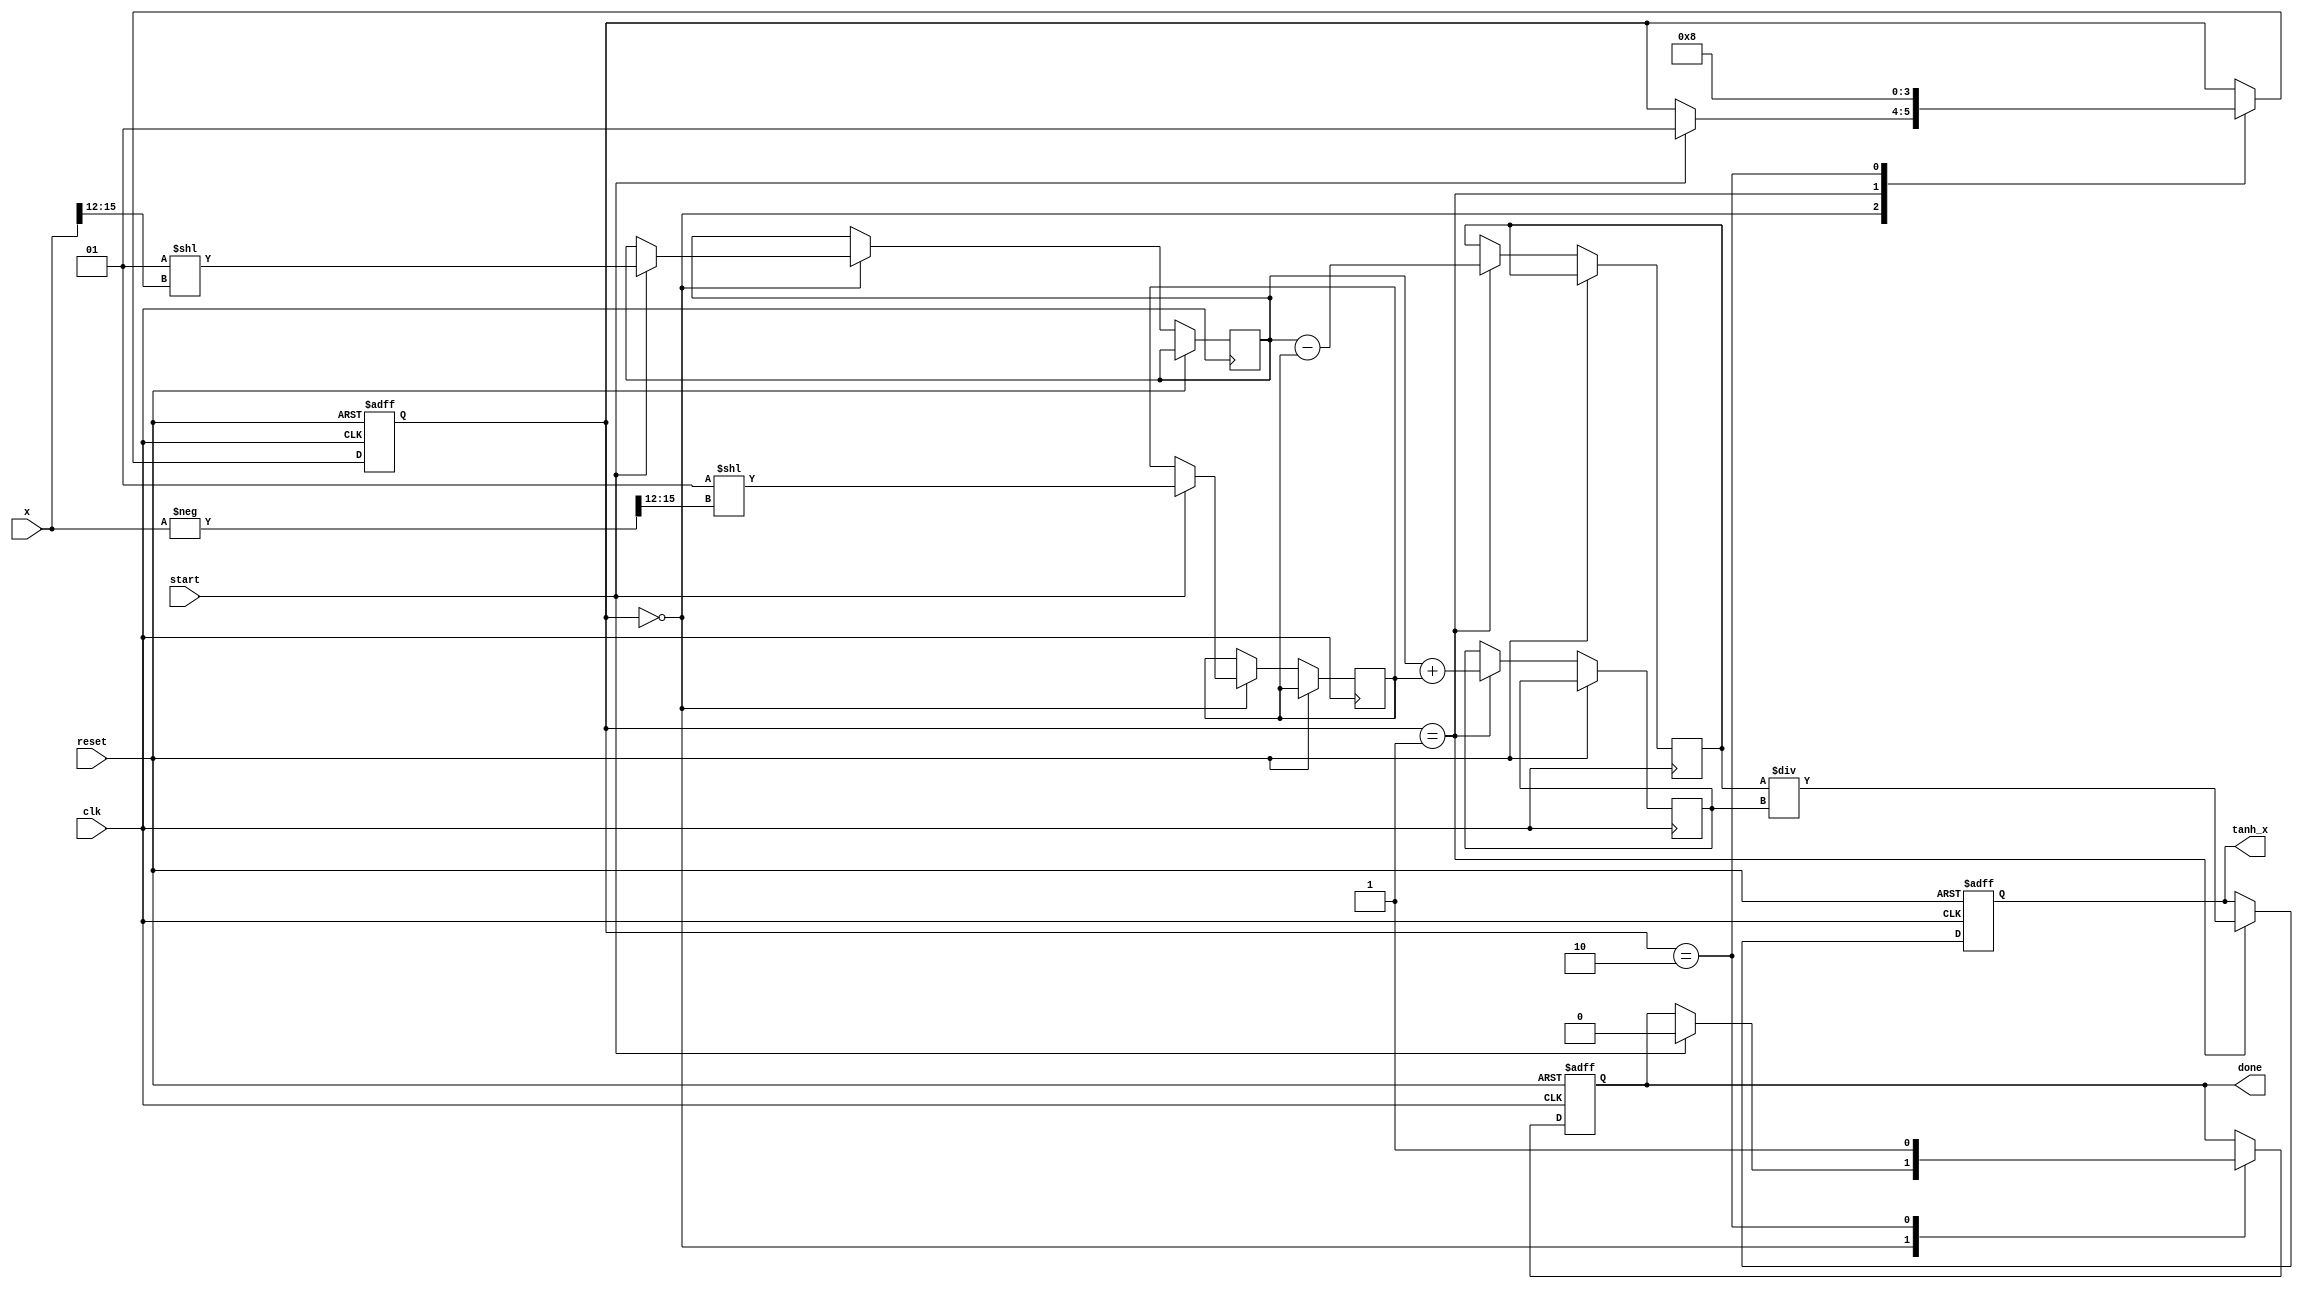
module tanh_block (
    input wire signed [15:0] x,        // Input data (16 bits signed fixed-point)
    input wire clk,                     // Clock signal
    input wire reset,                   // Reset signal
    input wire start,                   // Start signal
    output reg signed [15:0] tanh_x,    // Output data (16 bits signed fixed-point)
    output reg done                     // Operation completion flag
);

    // Internal variables
    reg signed [15:0] exp_x;           // e^x
    reg signed [15:0] exp_neg_x;       // e^-x
    reg signed [15:0] numerator;        // e^x - e^-x
    reg signed [15:0] denominator;      // e^x + e^-x
    reg [1:0] state;                   // State variable for FSM

    // State encoding
    parameter IDLE       = 2'b00,
              COMPUTE    = 2'b01,
              DONE       = 2'b10;

    // Simplified exponential function (for demonstration purposes)
    function signed [15:0] exp_func;
        input signed [15:0] in;
        begin
            // Approximate e^x using a simple Taylor series or a LUT
            // This is a placeholder for a more precise exponential calculation
            exp_func = $signed(1 << $signed(in[15:12])); // Placeholder
        end
    endfunction

    // State update
    always @(posedge clk or posedge reset) begin
        if (reset) begin
            state <= IDLE;
            tanh_x <= 0;
            done <= 0;
        end else begin
            case (state)
                IDLE: begin
                    if (start) begin
                        exp_x <= exp_func(x);         // Calculate e^x
                        exp_neg_x <= exp_func(-x);    // Calculate e^-x
                        state <= COMPUTE;              // Move to the compute state
                        done <= 0;
                    end
                end
                COMPUTE: begin
                    numerator <= exp_x - exp_neg_x;  // Calculate e^x - e^-x
                    denominator <= exp_x + exp_neg_x; // Calculate e^x + e^-x
                    tanh_x <= numerator / denominator; // Calculate tanh(x)
                    state <= DONE;                     // Move to done state
                end
                DONE: begin
                    done <= 1;                         // Signal completion
                    state <= IDLE;                     // Go back to idle
                end
            endcase
        end
    end
endmodule